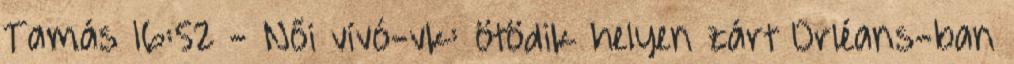
Tamás 16:52 - Női vívó-vk: ötödik helyen zárt Orléans-ban